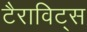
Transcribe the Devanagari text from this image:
टैराविट्स